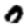
Digit: 0